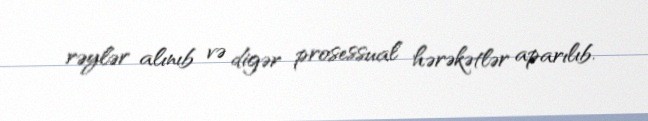
rəylər alınıb və digər prosessual hərəkətlər aparılıb.